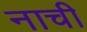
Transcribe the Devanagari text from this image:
नाची